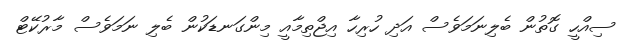
ސިއްހީ ގޮތުން ބެލިނަމަވެސް އަދި ހުރިހާ އިޖްތިމާއީ މިންގަނޑަކުން ބެލި ނަމަވެސް މާރުކޭޓް